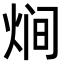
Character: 𭴳